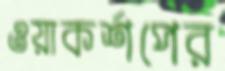
ওয়াকর্শপের